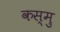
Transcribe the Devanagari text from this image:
कस्मु